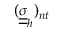
( \underline { { \underline { { \sigma } } } } _ { h } ) _ { n t }